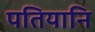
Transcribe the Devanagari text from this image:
पतियानि